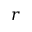
r